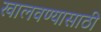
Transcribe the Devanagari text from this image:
खालवण्यासाठी